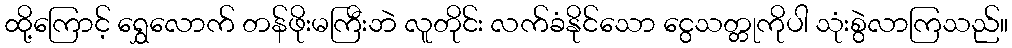
ထို့ကြောင့် ရွှေလောက် တန်ဖိုးမကြီးဘဲ လူတိုင်း လက်ခံနိုင်သော ငွေသတ္တုကိုပါ သုံးစွဲလာကြသည်။